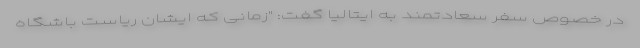
در خصوص سفر سعادتمند به ایتالیا گفت: "زمانی که ایشان ریاست باشگاه